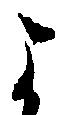
よ